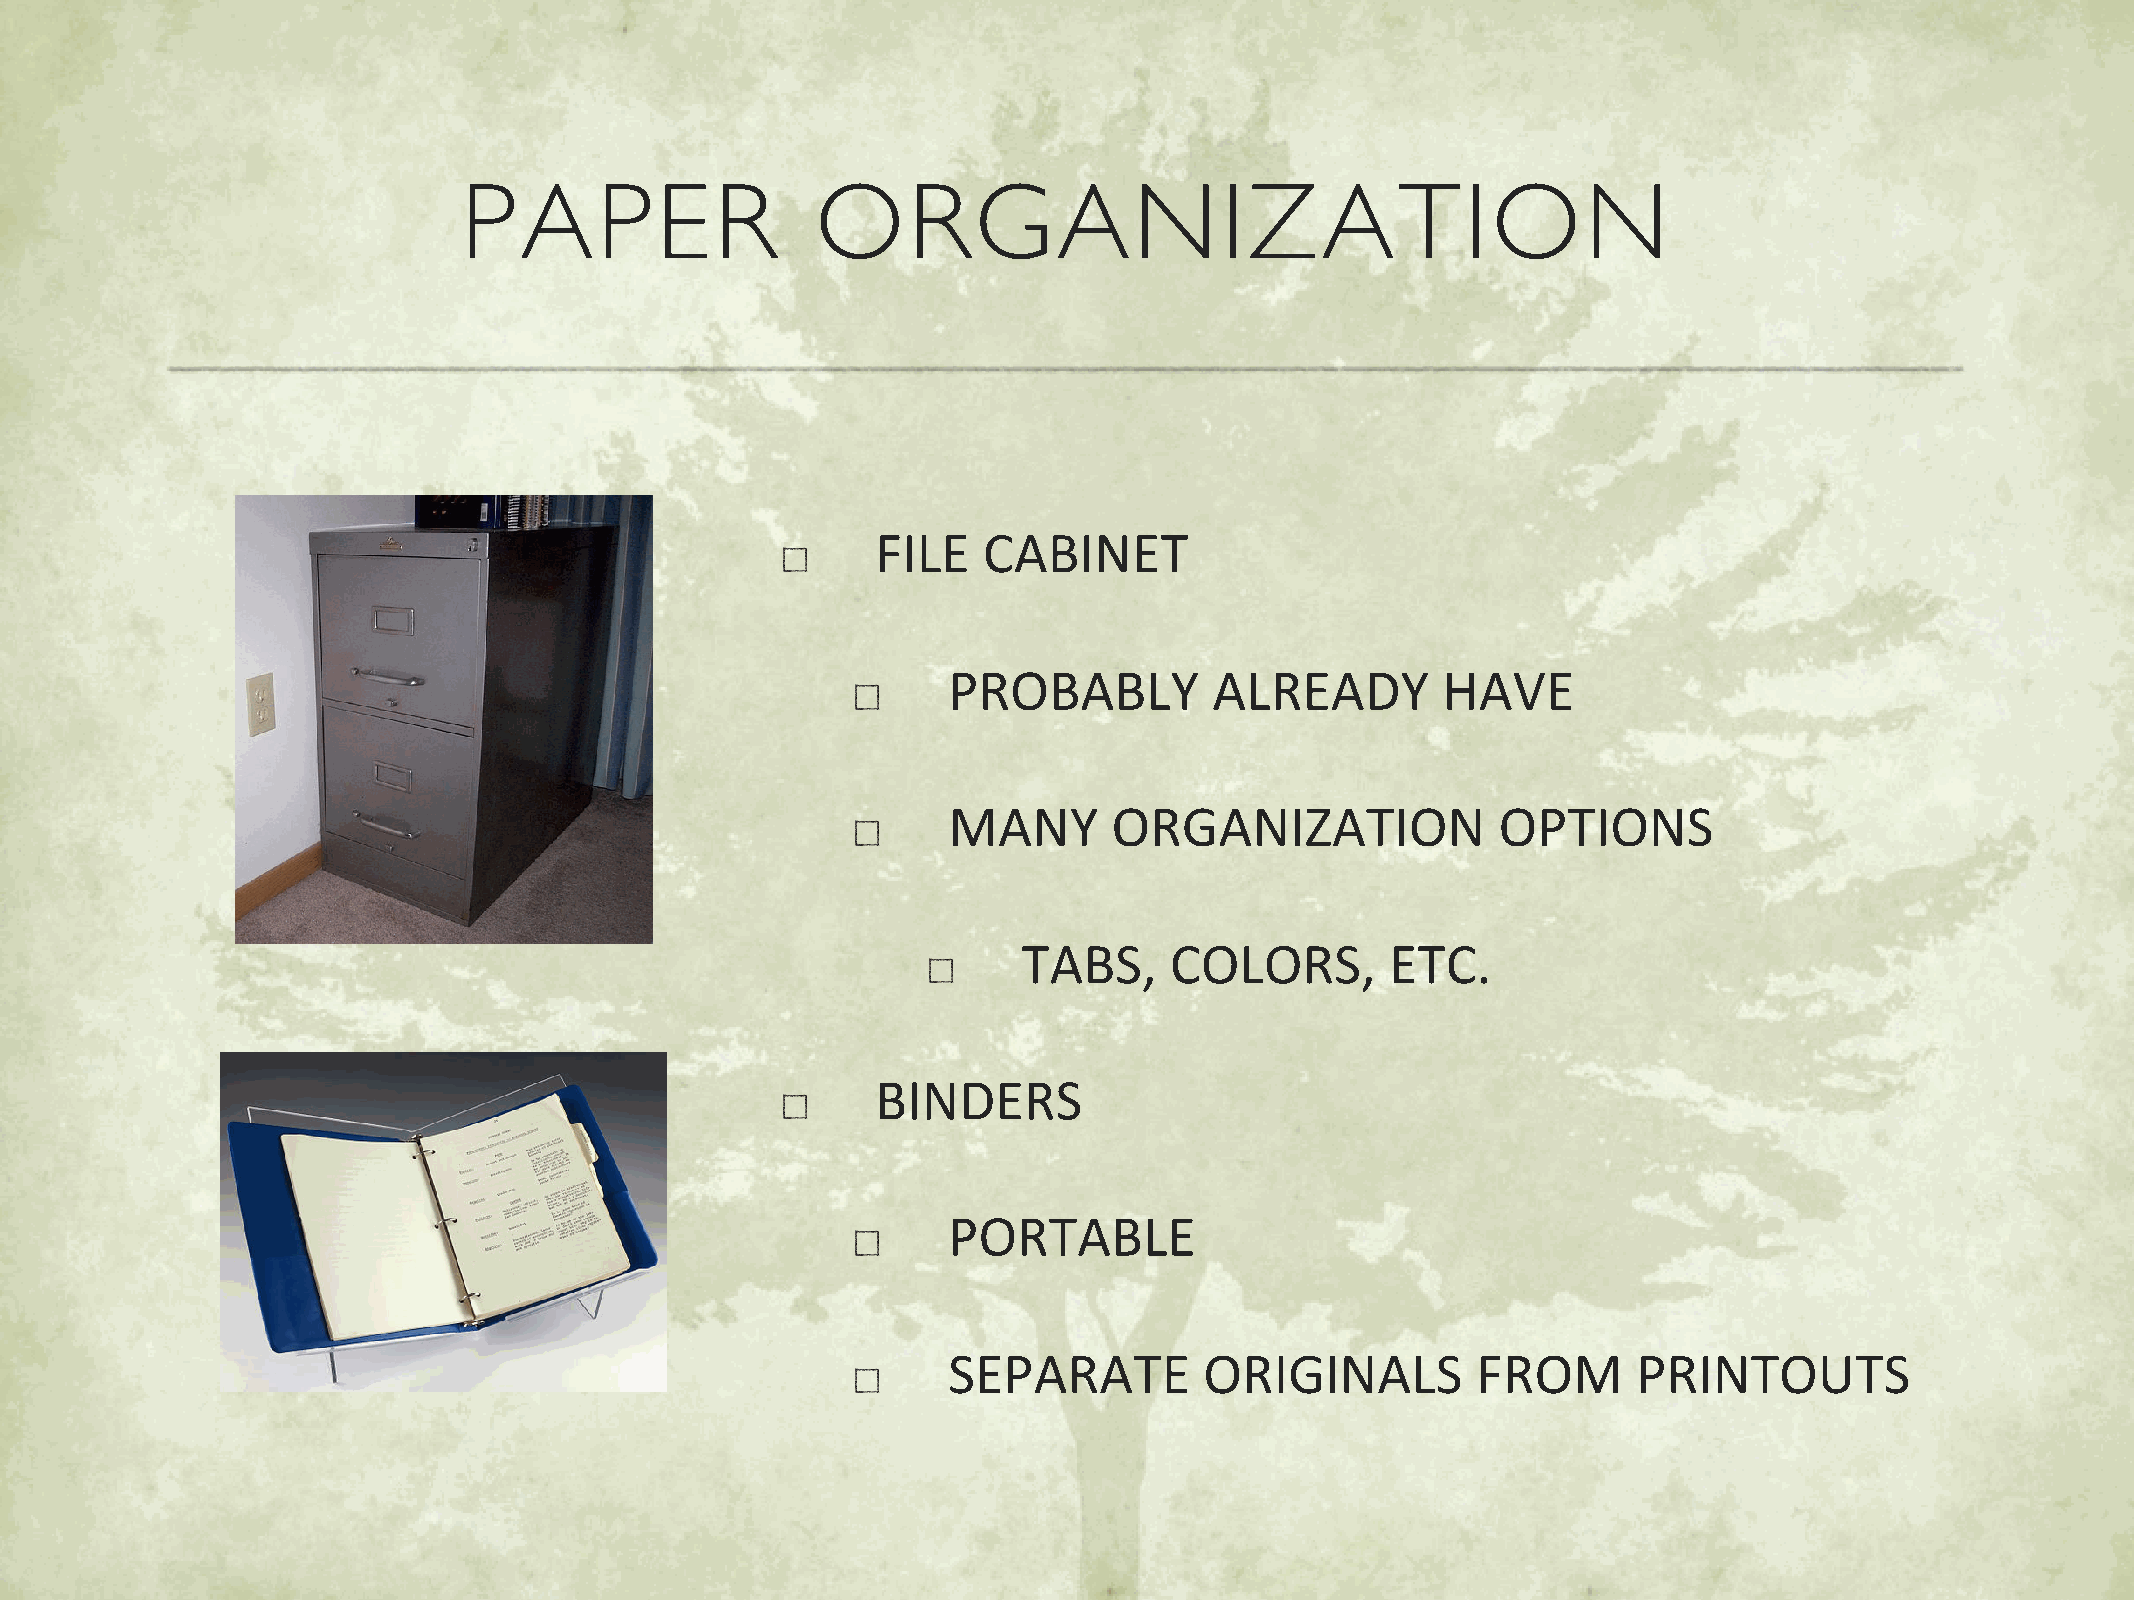
PAPER                  ORGANIZATION
 FILE   CABINET
 PROBABLY         ALREADY        HAVE
 MANY       ORGANIZATION             OPTIONS
 TABS,    COLORS,        ETC.
 BINDERS
 PORTABLE
 SEPARATE         ORIGINALS         FROM      PRINTOUTS